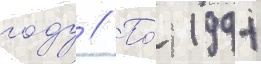
году // По́ 1991